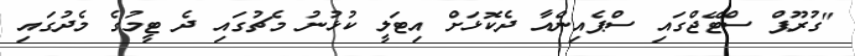
"ގުރޫޕް ސްޓޭޖްގައި ސްޕެއިންއާ ދެކޮޅަށް އިޓަލީ ކުޅުނު މެޗުގައި ދެ ޓީމުގެ މެދުގައި